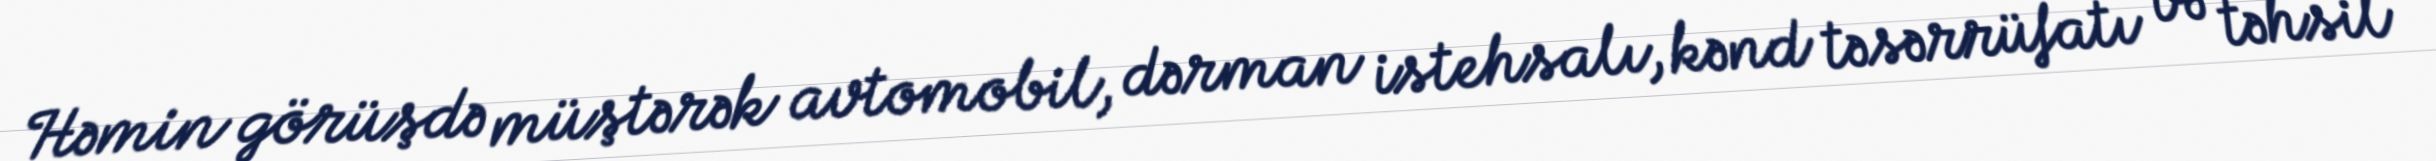
Həmin görüşdə müştərək avtomobil, dərman istehsalı, kənd təsərrüfatı və təhsil